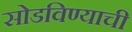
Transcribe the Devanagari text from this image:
सोडविण्याची